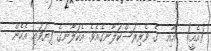
(އެއީ)  އާއި  ގެ ވެރިރަސްކަލާނގެއެވެ. އެކަލާނގެ ފިޔަވައި އެހެން